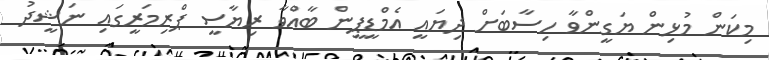
މިކަން މުޅިން ޔަގީންވާ ހިސާބަށް ދިޔައީ އެމްޑީޕީން ބާއްވާ ރިޔާސީ ޕްރިމަރީގައި ނަޝީދު